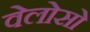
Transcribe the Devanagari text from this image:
वेलोसो